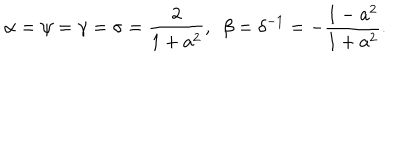
\alpha = \psi = \gamma = \sigma = \frac { 2 } { 1 + a ^ { 2 } } , \ \ \beta = \delta ^ { - 1 } = - \frac { 1 - a ^ { 2 } } { 1 + a ^ { 2 } } .